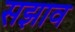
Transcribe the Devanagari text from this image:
सझाव